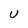
Character: u